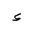
Letter: _hamza